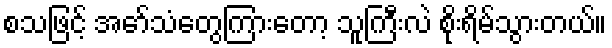
စသဖြင့် အော်သံတွေကြားတော့ သူကြီးလဲ စိုးရိမ်သွားတယ်။